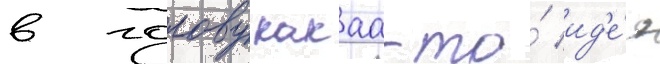
в голову какаа-то́ ид'е́я